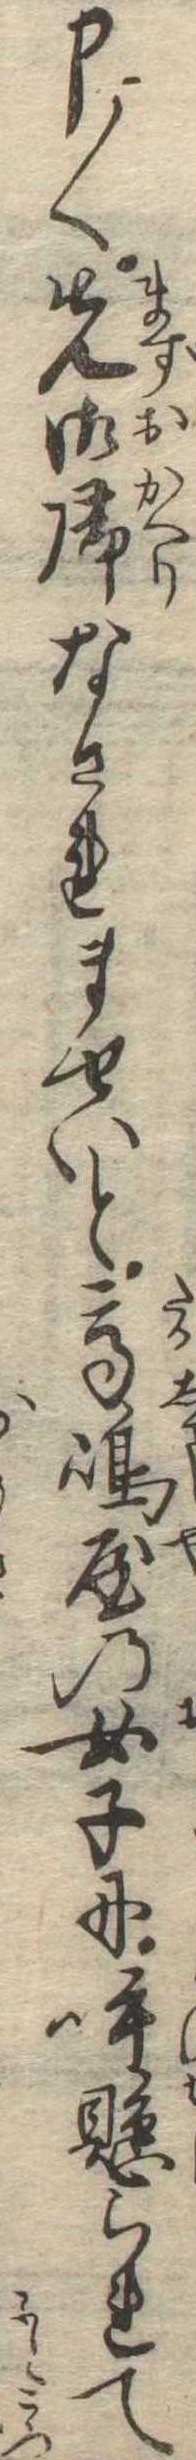
申〱先御帰なされませいと高島屋の女子に呼懸られて